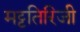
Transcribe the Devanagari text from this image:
मट्टतिरिजी